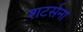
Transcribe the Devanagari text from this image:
शटर्सना